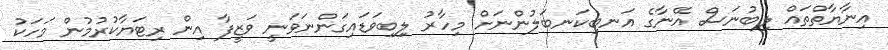
އިނާޔާތްތައް ލިބުނަސް އޭނާގެ އަނބިކަނބަލުންނަށް މިހާރު ލިިބިވަޑައިގަންނަވަނީ ވަޒީފާ އިން ރިޓަޔާކުރުމުން މަހަކު